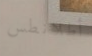
أطلانطس